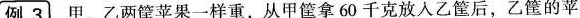
[例3}甲、乙两筐苹果一样重，从甲筐拿60千克放入乙筐后，乙筐的苹